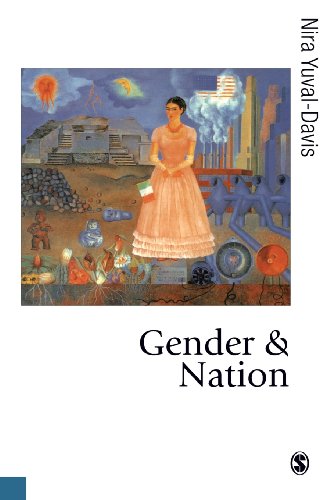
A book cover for Gender and Nation (Politics and Culture series); Nira Yuval-Davis; Gay & Lesbian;